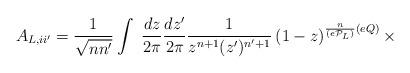
LaTeX: \begin{align*}A_{L,ii'}= \frac{1}{\sqrt{nn'}}\int~\frac{dz}{2\pi}\frac{dz'}{2\pi} \frac{1}{z^{n+1}(z')^{n'+1}} \left(1-z\right)^{\frac{n}{(e{\cal P}_{L})}(eQ)}\times\end{align*}